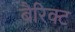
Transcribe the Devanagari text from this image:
बैरिक्ट